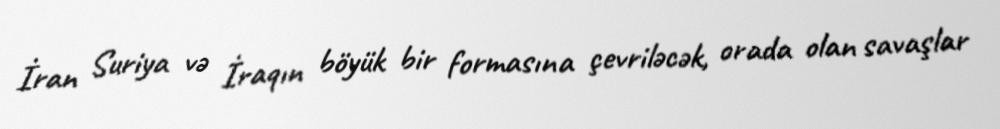
İran Suriya və İraqın böyük bir formasına çevriləcək, orada olan savaşlar